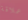
عملاقة